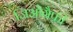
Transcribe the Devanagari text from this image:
जिओग्रैफी